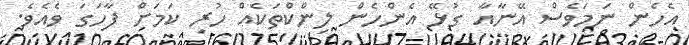
އެހެން ނަމަވެސް އޭނާއާ ގުޅޭ އެންހެން ލިންކްތަކެއް ހުރި ކަމަށް ފާހަގަ ވެއެވެ.